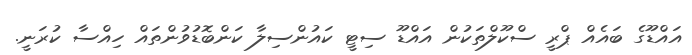
އައްޑޫގެ ބައެއް ޕްރީ ސްކޫލްތަކުން އައްޑޫ ސިޓީ ކައުންސިލާ ކަންބޮޑުވުންތައް ހިއްސާ ކުރަނީ.